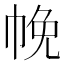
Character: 㡈